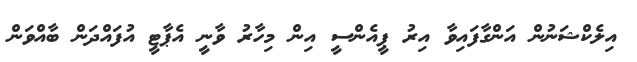
އިލެކްޝަނުން އަންގާފައިވާ އިރު ޕީއެންސީ އިން މިހާރު ވާނީ އެޕާޓީ އުފައްދަން ބާއްވަން